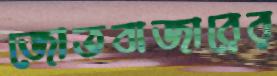
জোতবাজারের